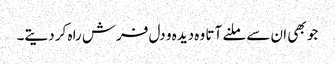
جو بھی ان سے ملنے آتا وہ دیدہ و دل فرش راہ کر دیتے۔